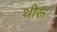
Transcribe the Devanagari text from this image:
थीरू